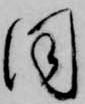
同